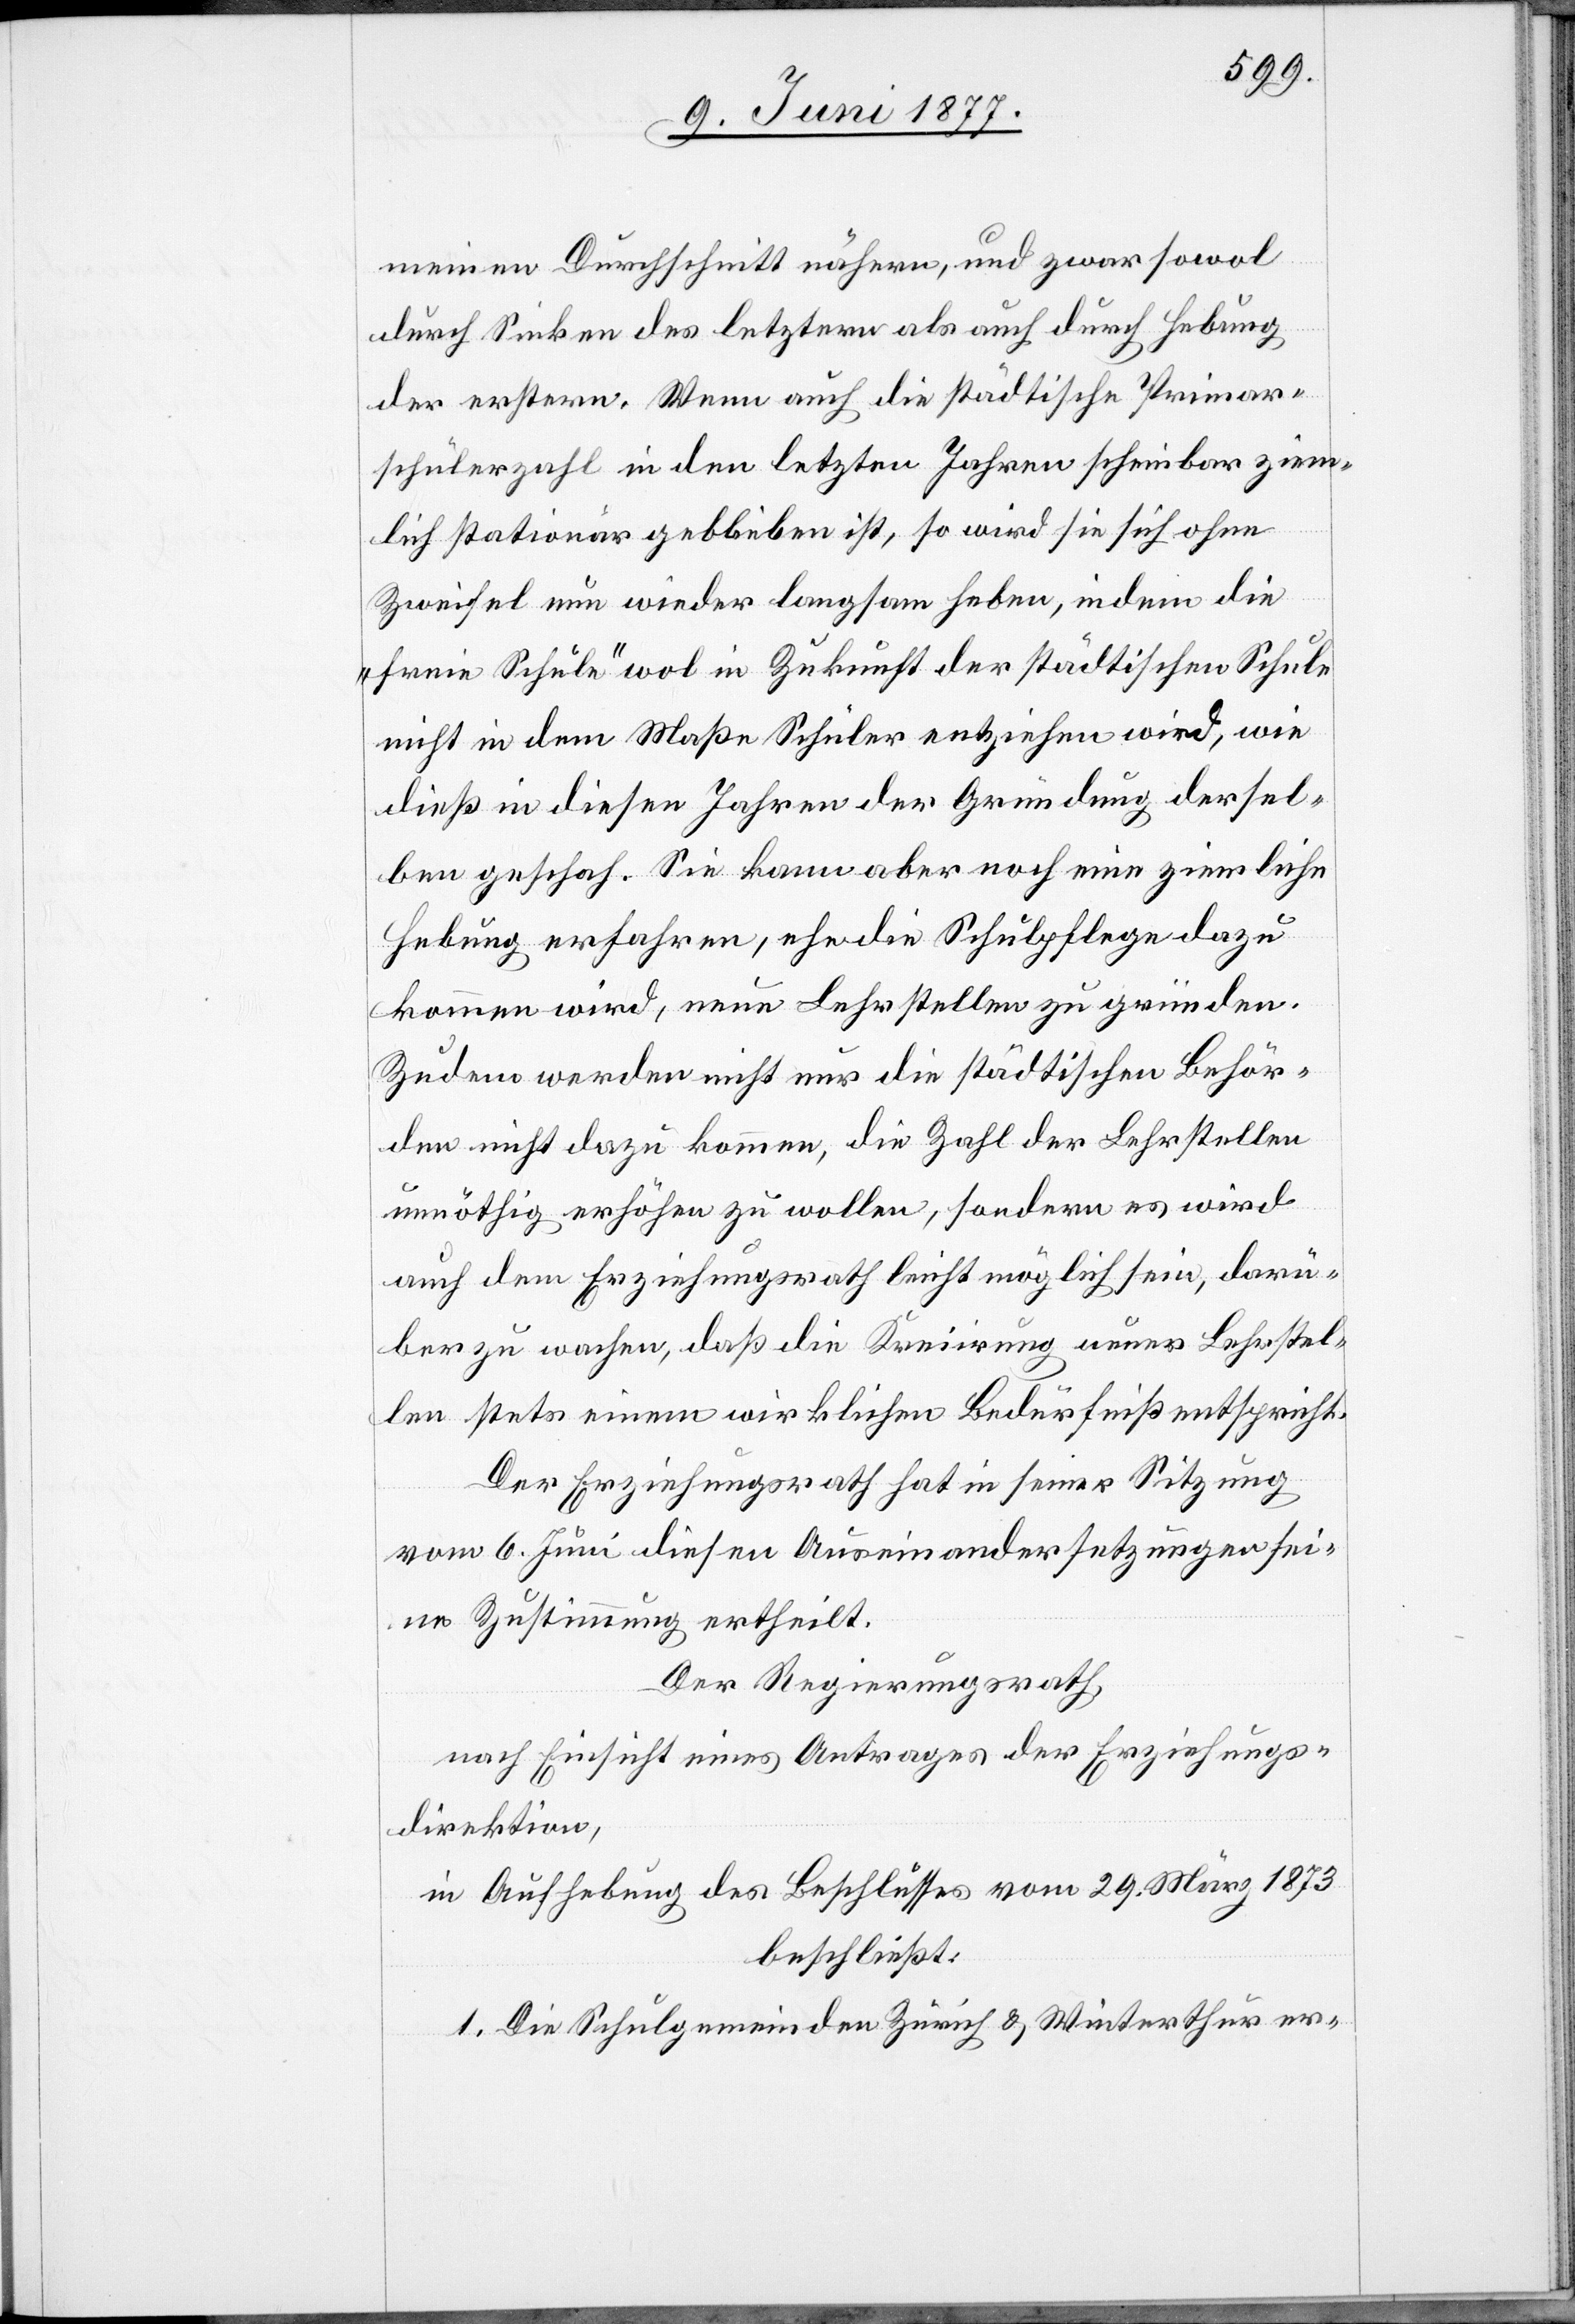
meinen Durchschnitt nähern, und zwar sowol
durch Sinken des letztern als auch durch Hebung
der erstern. Wenn auch die städtische Primar¬
schülerzahl in den letzten Jahren scheinbar ziem¬
lich stationär geblieben ist, so wird sie sich ohne
Zweifel nun wieder langsam heben, indem die
„freie Schule“ wol in Zukunft der städtischen Schule
nicht in dem Maße Schüler entziehen wird, wie
dieß in diesen Jahren der Gründung dersel¬
ben geschah. Sie kann aber noch eine ziemliche
Hebung erfahren, ehe die Schulpflege dazu
kommen wird, neue Lehrstellen zu gründen.
Zudem werden nicht nur die städtischen Behör¬
den nicht dazu kommen, die Zahl der Lehrstellen
unnöthig erhöhen zu wollen, sondern es wird
auch dem Erziehungsrath leicht möglich sein, darü¬
ber zu wachen, daß die Kreiirung neuer Lehrstel¬
len stets einem wirklichen Bedürfniß entspricht.[“]
Der Erziehungsrath hat in seiner Sitzung
vom 6. Juni diesen Auseinandersetzungen sei¬
ne Zustimmung ertheilt.
Der Regierungsrath,
nach Einsicht eines Antrages der Erziehungs¬
direktion,
in Aufhebung des Beschlusses vom 29. März 1873,
beschließt:
1. Die Schulgemeinden Zürich & Winterthur er-